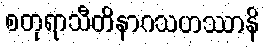
စတုရာသီတိနာဂသဟဿာနိ